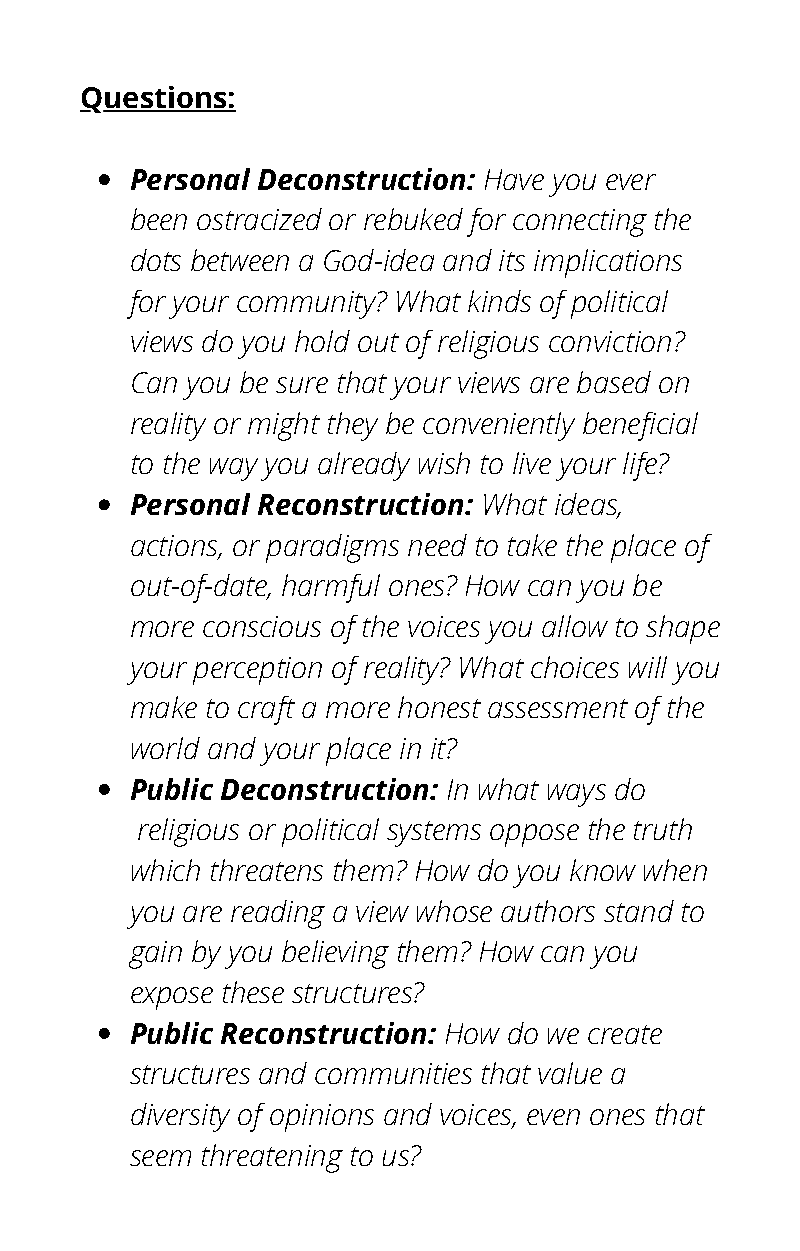
Questions:
 Personal Deconstruction: Have you ever
 been ostracized or rebuked for connecting the
 dots between a God-idea and its implications
 for your community? What kinds of political
 views do you hold out of religious conviction?
 Can you be sure that your views are based on
 reality or might they be conveniently beneficial
 to the way you already wish to live your life?
 Personal Reconstruction: What ideas,
 actions, or paradigms need to take the place of
 out-of-date, harmful ones? How can you be
 more conscious of the voices you allow to shape
 your perception of reality? What choices will you
 make to craft a more honest assessment of the
 world and your place in it?
 Public Deconstruction: In what ways do
 religious or political systems oppose the truth
 which threatens them? How do you know when
 you are reading a view whose authors stand to
 gain by you believing them? How can you
 expose these structures?
 Public Reconstruction: How do we create
 structures and communities that value a
 diversity of opinions and voices, even ones that
 seem threatening to us?